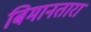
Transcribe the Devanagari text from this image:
बिमानतारा